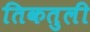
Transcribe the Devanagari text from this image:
तिकतुली